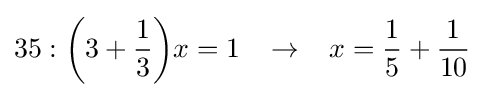
35:{\bigg (}3+{\frac {1}{3}}{\bigg )}x=1\;\;\;\rightarrow \;\;\;x={\frac {1}{5}}+{\frac {1}{10}}